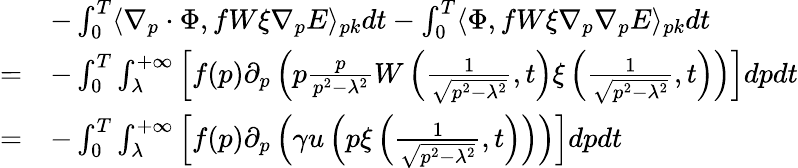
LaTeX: \begin{array}{rl}&{-\int_{0}^{T}\langle\nabla_{p}\cdot\Phi,fW\xi\nabla_{p}E\rangle_{pk}dt-\int_{0}^{T}\langle\Phi,fW\xi\nabla_{p}\nabla_{p}E\rangle_{pk}dt}\\ {=}&{-\int_{0}^{T}\int_{\lambda}^{+\infty}\left[f(p)\partial_{p}\left(p\frac{p}{p^{2}-\lambda^{2}}W\left(\frac{1}{\sqrt{p^{2}-\lambda^{2}}},t\right)\xi\left(\frac{1}{\sqrt{p^{2}-\lambda^{2}}},t\right)\right)\right]dpdt}\\ {=}&{-\int_{0}^{T}\int_{\lambda}^{+\infty}\left[f(p)\partial_{p}\left(\gamma u\left(p\xi\left(\frac{1}{\sqrt{p^{2}-\lambda^{2}}},t\right)\right)\right)\right]dpdt}\end{array}